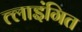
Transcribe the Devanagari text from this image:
त्लाइंगित